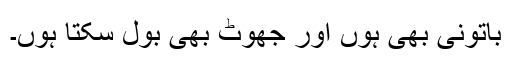
باتونی بھی ہوں اور جھوٹ بھی بول سکتا ہوں۔